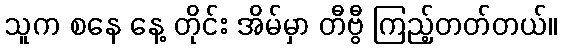
သူက စနေ နေ့ တိုင်း အိမ်မှာ တီဗွီ ကြည့်တတ်တယ်။